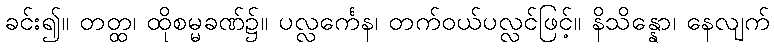
ခင်း၍။ တတ္ထ၊ ထိုစမ္မခဏ်၌။ ပလ္လင်္ကေန၊ တက်ဝယ်ပလ္လင်ဖြင့်။ နိသိန္နော၊ နေလျက်